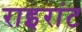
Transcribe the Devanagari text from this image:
राइरांट